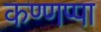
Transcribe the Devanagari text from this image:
कण्णप्पा